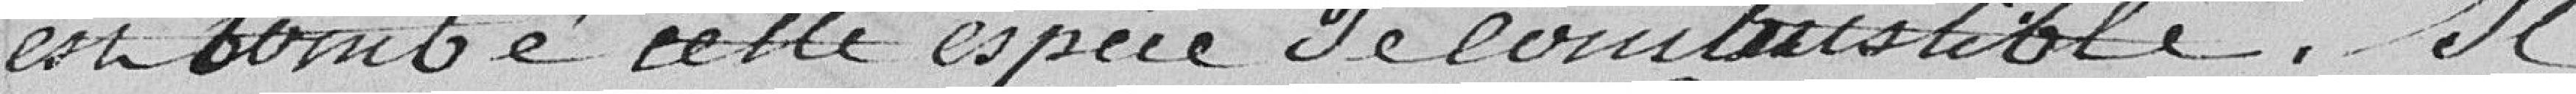
est tombé cette espèce de combustible. Il